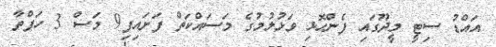
އައްޑު ސިޓީ މީދޫގައި ފެންހޮޅި ވަޅުލުމުގެ މަސައްކަތް ފަށައިފި9 މަސް 3 ހަފްތާ